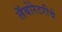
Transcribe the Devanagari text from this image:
लॅबोरेटरीचे